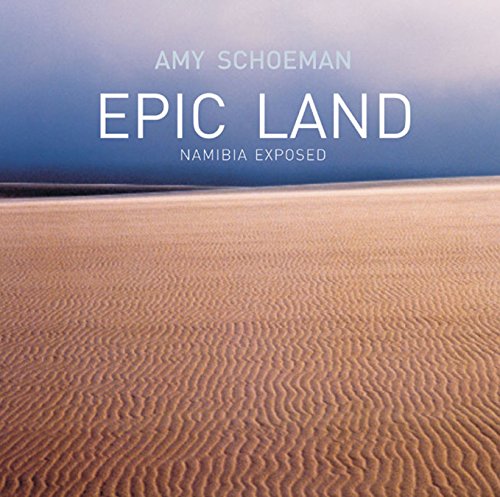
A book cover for Epic Land: Namibia Exposed; Amy Schoeman; Travel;